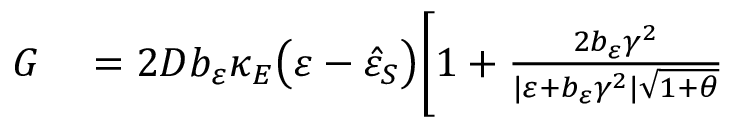
\begin{array} { r l } { G } & { { } = 2 D b _ { \varepsilon } \kappa _ { E } \big ( \varepsilon - \hat { \varepsilon } _ { S } \big ) \Bigg [ 1 + \frac { 2 b _ { \varepsilon } \gamma ^ { 2 } } { \vert \varepsilon + b _ { \varepsilon } \gamma ^ { 2 } \vert \sqrt { 1 + \theta } } } \end{array}